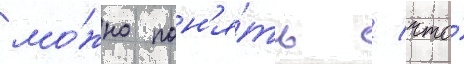
мо́жно пон'я́ть / что́